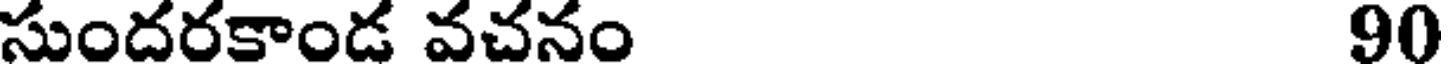
సుందరకాండ వచనం 90